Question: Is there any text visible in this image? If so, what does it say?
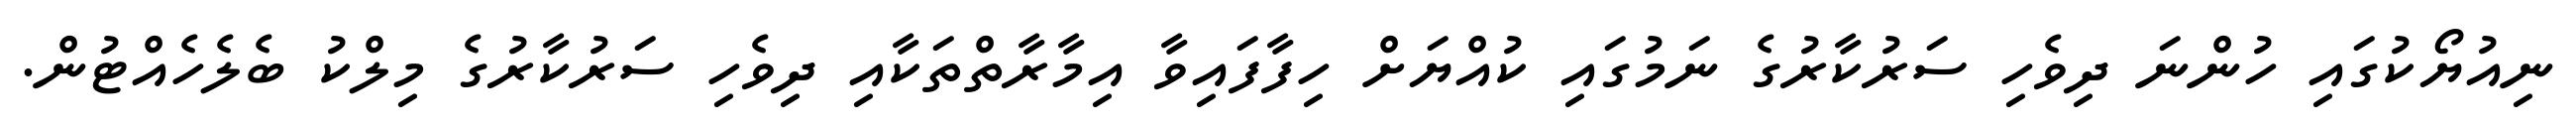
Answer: ނިއުޔޯކުގައި ހުންނަ ދިވެހި ސަރުކާރުގެ ނަމުގައި ކުއްޔަށް ހިފާފައިވާ އިމާރާތްތަކާއި ދިވެހި ސަރުކާރުގެ މިލްކު ބެލެހެއްޓުން.